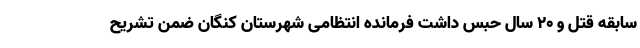
سابقه قتل و ۲۰ سال حبس داشت فرمانده انتظامی شهرستان کنگان ضمن تشریح